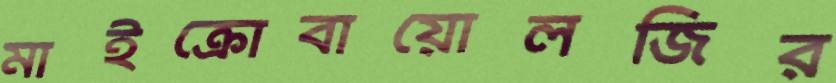
মাইক্রোবায়োলজির